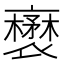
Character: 𧝺